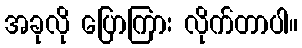
အခုလို ပြောကြား လိုက်တာပါ။